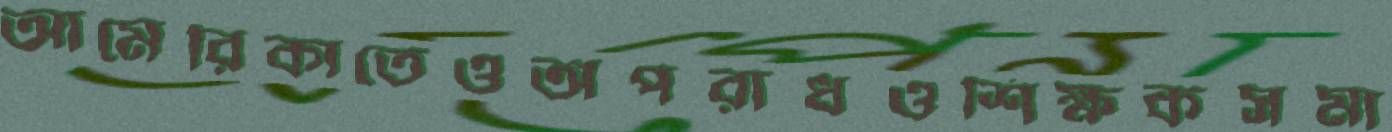
আমেরিকাতেওঅপরাধওশিক্ষকসমা